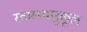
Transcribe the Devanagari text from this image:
स्वास्थ्यानुकूल